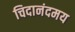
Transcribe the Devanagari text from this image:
चिदानंदमय